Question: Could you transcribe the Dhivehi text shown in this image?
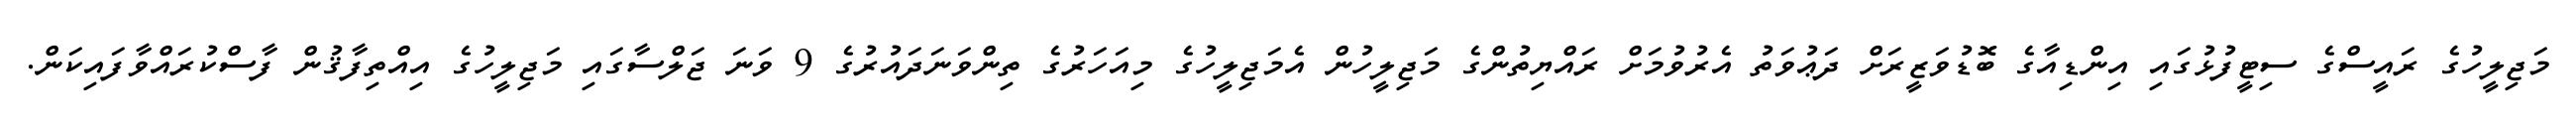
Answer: މަޖިލީހުގެ ރައީސްގެ ސިޓީފުޅުގައި އިންޑިއާގެ ބޮޑުވަޒީރަށް ދަޢުވަތު އެރުވުމަށް ރައްޔިތުންގެ މަޖިލީހުން އެމަޖިލީހުގެ މިއަހަރުގެ ތިންވަނަދައުރުގެ 9 ވަނަ ޖަލްސާގައި މަޖިލީހުގެ އިއްތިފާޤުން ފާސްކުރައްވާފައިކަން.